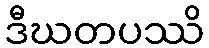
ဒီဃတပဿိ